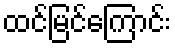
ထင်မြင်ကြောင်း